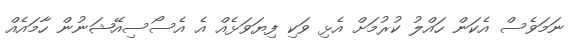
ނަމަވެސް އެކަން ހައްލު ކުރުމަށް އެޅި ވަކި ފިޔަވަޅެއް އެ އެސޯސިއޭޝަނުން ހާމައެއް